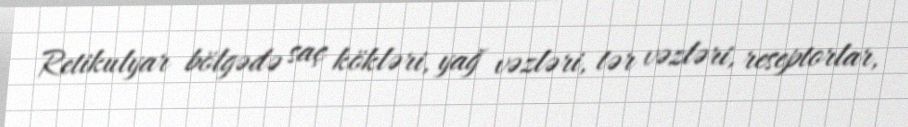
Retikulyar bölgədə saç kökləri, yağ vəzləri, tər vəzləri, reseptorlar,